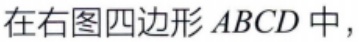
在右图四边形 \(ABCD\) 中，